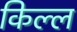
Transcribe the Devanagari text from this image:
किल्ल